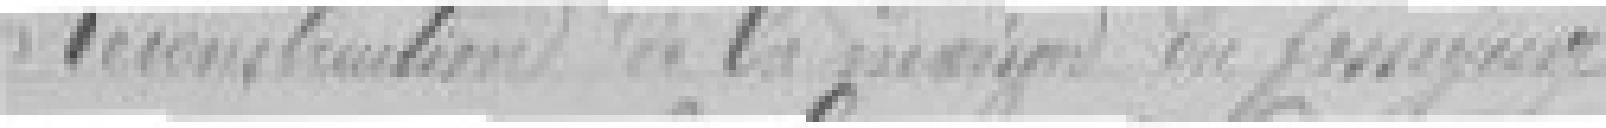
Reconstruction de la maison du ???